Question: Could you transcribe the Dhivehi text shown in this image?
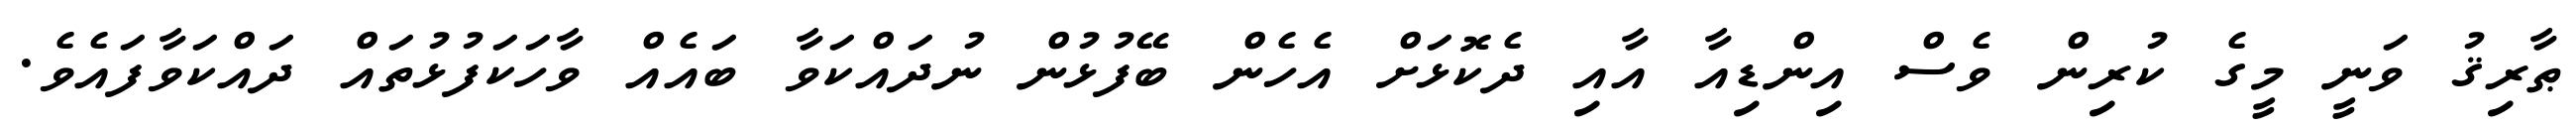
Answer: ޠާރިޤު ވަނީ މީގެ ކުރިން ވެސް އިންޑިއާ އާއި ދެކޮޅަށް އެހެން ބޭފުޅުން ނުދައްކަވާ ބައެއް ވާހަކަފުޅުތައް ދައްކަވާފައެވެ.